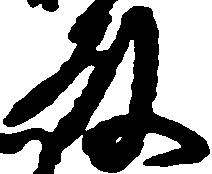
殿